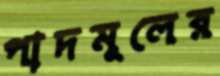
পাদমূলের